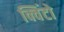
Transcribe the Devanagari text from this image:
क्विंटो